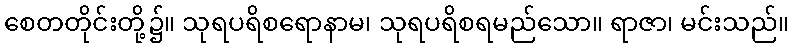
စေတတိုင်းတို့၌။ သုရပရိစရောနာမ၊ သုရပရိစရမည်သော။ ရာဇာ၊ မင်းသည်။